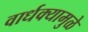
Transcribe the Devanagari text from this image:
वार्धक्यामुळे